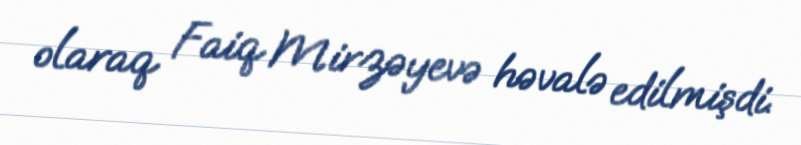
olaraq Faiq Mirzəyevə həvalə edilmişdi.